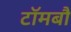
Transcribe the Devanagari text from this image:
टॉमबौ